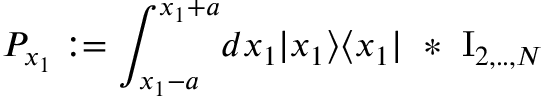
P _ { x _ { 1 } } : = \int _ { x _ { 1 } - a } ^ { x _ { 1 } + a } \! d x _ { 1 } | x _ { 1 } \rangle \langle x _ { 1 } | \ * \ \mathrm { I } _ { 2 , . . , N }